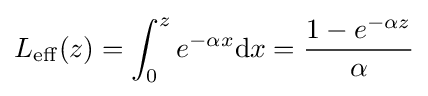
L_{\mathrm {eff} }(z)=\int _{0}^{z}e^{-\alpha x}\mathrm {d} x={\frac {1-e^{-\alpha z}}{\alpha }}